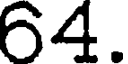
64.